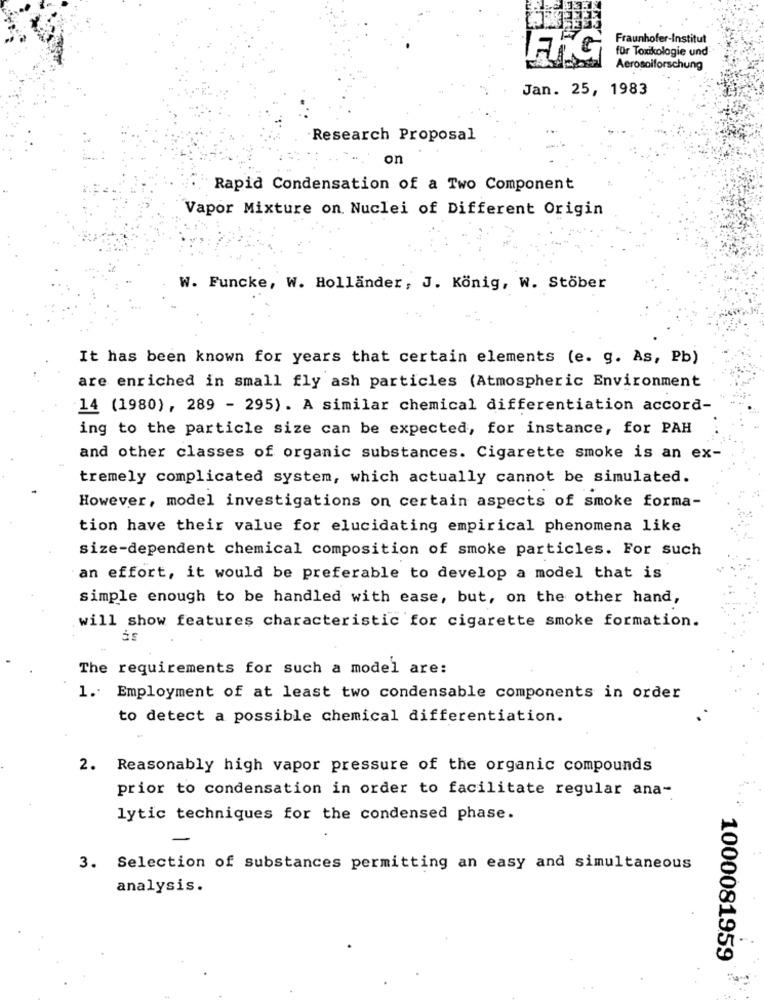
Fraunhofer-Institut
für Toxikologie und
FIG
Aerosolforschung
Jan. 25, 1983
Research Proposal
on
Rapid Condensation of a Two Component
Vapor Mixture on. Nuclei of Different Origin
W. Funcke, W. Hollander, J. König, W. Stöber
It has been known for years that certain elements (e. g. As, Pb)
are enriched in small fly ash particles (Atmospheric Environment
14 (1980), 289 - 295). A similar chemical differentiation accord-
ing to the particle size can be expected, for instance, for PAH
and other classes of organic substances. Cigarette smoke is an ex-
tremely complicated system, which actually cannot be simulated.
However, model investigations on certain aspects of smoke forma-
tion have their value for elucidating empirical phenomena like
size-dependent chemical composition of smoke particles. For such
an effort, it would be preferable to develop a model that is
simple enough to be handled with ease, but, on the other hand,
will show features characteristic for cigarette smoke formation.
The requirements for such a model are:
1. Employment of at least two condensable components in order
to detect a possible chemical differentiation.
2. Reasonably high vapor pressure of the organic compounds
prior to condensation in order to facilitate regular ana-
lytic techniques for the condensed phase.
3. Selection of substances permitting an easy and simultaneous
analysis.
1000081959